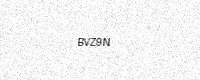
Text: BVZ9N